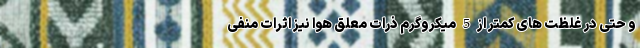
و حتی در غلظت های کمتر از 5 میکروگرم ذرات معلق هوا نیز اثرات منفی